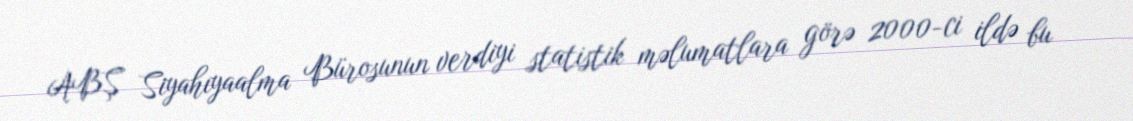
ABŞ Siyahıyaalma Bürosunun verdiyi statistik məlumatlara görə 2000-ci ildə bu